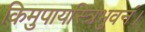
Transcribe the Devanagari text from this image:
किमुपायस्त्रिभुवनं।